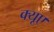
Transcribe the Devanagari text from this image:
क्यूए